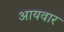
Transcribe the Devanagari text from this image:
आयवार